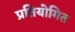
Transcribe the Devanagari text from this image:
प्रतियोगित